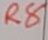
Text: R8